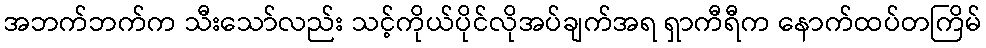
အဘက်ဘက်က သီးသော်လည်း သင့်ကိုယ်ပိုင်လိုအပ်ချက်အရ ရှာကီရီက နောက်ထပ်တကြိမ်